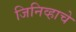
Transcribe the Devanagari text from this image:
जिनिव्हाचे